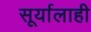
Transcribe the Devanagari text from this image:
सूर्यालाही